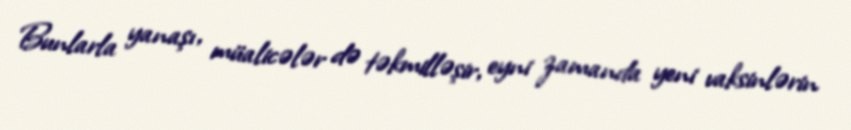
Bunlarla yanaşı, müalicələr də təkmilləşir, eyni zamanda yeni vaksinlərin